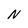
Character: N